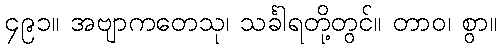
၄၉၁။ အဗျာကတေသု၊ သင်္ခါရတို့တွင်။ တာဝ၊ စွာ။